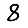
Digit: 8